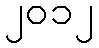
၂၀၁၂